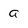
Character: a